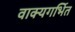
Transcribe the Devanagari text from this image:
वाक्यगर्भित